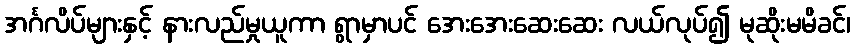
အင်္ဂလိပ်များနှင့် နားလည်မှုယူကာ ရွာမှာပင် အေးအေးဆေးဆေး လယ်လုပ်၍ မုဆိုးမမိခင်၊